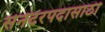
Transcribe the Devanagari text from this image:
सेनेटरपदासाठी